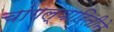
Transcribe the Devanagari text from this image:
चांगल्यारितीने